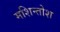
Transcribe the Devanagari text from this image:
मशिन्तोश